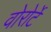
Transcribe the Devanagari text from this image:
वोरोर्टे